Report on vaccination in the Province of Bengal - 1874-1889
Year: 1874
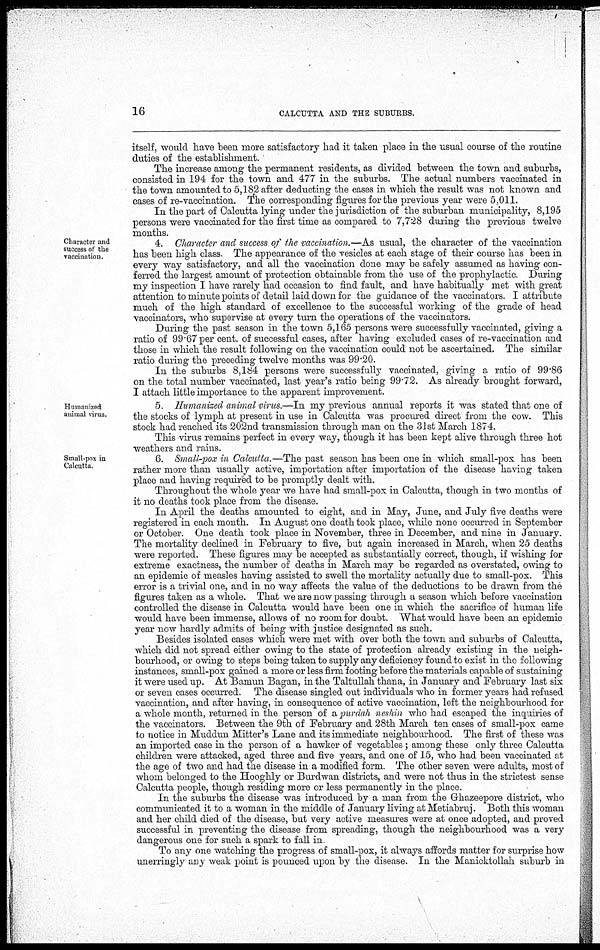
16
CALCUTTA AND THE SUBURBS.
itself, would have been more satisfactory had it taken place in the usual course of the routine
duties of the establishment.
The increase among the permanent residents, as divided between the town and suburbs,
consisted in 194 for the town and 477 in the suburbs. The actual numbers vaccinated in
the town amounted to 5,182 after deducting the cases in which the result was not known and
cases of re-vaccination. The corresponding figures for the previous year were 5,011.
In the part of Calcutta lying under the jurisdiction of the suburban municipality, 8,195
persons were vaccinated for the first time as compared to 7,728 during the previous twelve
months.
Character and
success of the
vaccination.
4. Character and success of the vaccination.—As usual, the character of the vaccination
has been high class. The appearance of the vesicles at each stage of their course has been in
every way satisfactory, and all the vaccination done may be safely assumed as having con-
ferred the largest amount of protection obtainable from the use of the prophylactic. During
my inspection I have rarely had occasion to find fault, and have habitually met with great
attention to minute points of detail laid down for the guidance of the vaccinators. I attribute
much of the high standard of excellence to the successful working of the grade of head
vaccinators, who supervise at every turn the operations of the vaccinators.
During the past season in the town 5,165 persons were successfully vaccinated, giving a
ratio of 99.67 per cent. of successful cases, after having excluded cases of re-vaccination and
those in which the result following on the vaccination could not be ascertained. The similar
ratio during the preceding twelve months was 99.20.
In the suburbs 8,184 persons were successfully vaccinated, giving a ratio of 99.86
on the total number vaccinated, last year's ratio being 99.72. As already brought forward,
I attach little importance to the apparent improvement.
Humanized
animal virus.
5. Humanised animal virus.—In my previous annual reports it was stated that one of
the stocks of lymph at present in use in Calcutta was procured direct from the cow. This
stock had reached its 202nd transmission through man on the 31st March 1874.
This virus remains perfect in every way, though it has been kept alive through three hot
weathers and rains.
Small-pox in
Calcutta.
6. Small-pox in Calcutta.—The past season has been one in which small-pox has been
rather more than usually active, importation after importation of the disease having taken
place and having required to be promptly dealt with.
Throughout the whole year we have had small-pox in Calcutta, though in two months of
it no deaths took place from the disease.
In April the deaths amounted to eight, and in May, June, and July five deaths were
registered in each month. In August one death took place, while none occurred in September
or October. One death took place in November, three in December, and nine in January.
The mortality declined in February to five, but again increased in March, when 25 deaths
were reported. These figures may be accepted as substantially correct, though, if wishing for
extreme exactness, the number of deaths in March may be regarded as overstated, owing to
an epidemic of measles having assisted to swell the mortality actually due to small-pox. This
error is a trivial one, and in no way affects the value of the deductions to be drawn from the
figures taken as a whole. That we are now passing through a season which before vaccination
controlled the disease in Calcutta would have been one in which the sacrifice of human life
would have been immense, allows of no room for doubt. What would have been an epidemic
year now hardly admits of being with justice designated as such.
Besides isolated cases which were met with over both the town and suburbs of Calcutta,
which did not spread either owing to the state of protection already existing in the neigh-
bourhood, or owing to steps being taken to supply any deficiency found to exist in the following
instances, small-pox gained a more or less firm footing before the materials capable of sustaining
it were used up. At Bamun Bagan, in the Taltullah thana, in January and February last six
or seven cases occurred. The disease singled out individuals who in former years had refused
vaccination, and after having, in consequence of active vaccination, left the neighbourhood for
a whole month, returned in the person of a purdah neshin who had escaped the inquiries of
the vaccinators. Between the 9th of February and 28th March ten cases of small-pox came
to notice in Muddun Mitter's Lane and its immediate neighbourhood. The first of these was
an imported case in the person of a hawker of vegetables; among these only three Calcutta
children were attacked, aged three and five years, and one of 15, who had been vaccinated at
the age of two and had the disease in a modified form. The other seven were adults, most of
whom belonged to the Hooghly or Burdwan districts, and were not thus in the strictest sense
Calcutta people, though residing more or less permanently in the place.
In the suburbs the disease was introduced by a man from the Ghazeepore district, who
communicated it to a woman in the middle of January living at Metiabruj. Both this woman
and her child died of the disease, but very active measures were at once adopted, and proved
successful in preventing the disease from spreading, though the neighbourhood was a very
dangerous one for such a spark to fall in
To any one watching the progress of small-pox, it always affords matter for surprise how
unerringly any weak point is pounced upon by the disease. In the Manicktollah suburb in